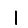
Digit: 1